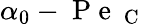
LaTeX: \alpha_{0}-\mathrm{~P~e~}_{\mathrm{~C~}}